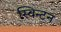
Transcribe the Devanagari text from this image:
स्विन्टन